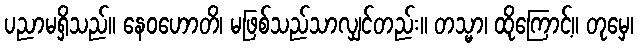
ပညာမရှိသည်။ နေဝဟောတိ၊ မဖြစ်သည်သာလျှင်တည်း။ တသ္မာ၊ ထိုကြောင့်။ တုမှေ၊